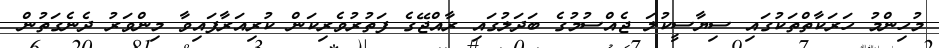
މުހިންމު ހަރަކާތްތަކުގައި ސިޔާސީކުލަ ޖެއްސުމުގެ ބަދަލުގައި ރާއްޖޭގެ ފަތުރުވެރިކަން ކުރިއަރާފައިވާ މިންވަރު ދެނެގަތުން